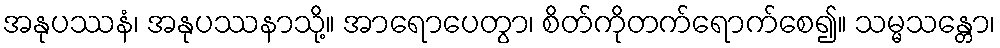
အနုပဿနံ၊ အနုပဿနာသို့။ အာရောပေတွာ၊ စိတ်ကိုတက်ရောက်စေ၍။ သမ္မသန္တော၊